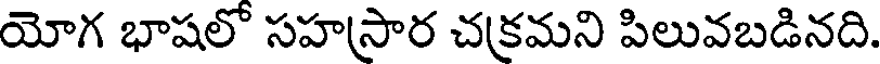
యోగ భాషలో సహస్రార చక్రమని పిలువబడినది.